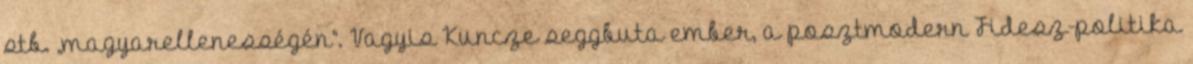
stb. „magyarellenességén”. Vagyis Kuncze seggbuta ember, a posztmodern Fidesz-politika